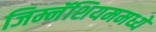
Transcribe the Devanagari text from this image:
जिम्नॅशियममध्ये